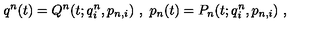
q ^ { n } ( t ) = Q ^ { n } ( t ; q _ { i } ^ { n } , p _ { n , i } ) \ , \ p _ { n } ( t ) = P _ { n } ( t ; q _ { i } ^ { n } , p _ { n , i } ) \ ,